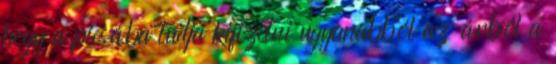
hogy a picsába tudja kifizetni ugyanabból az árból a